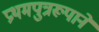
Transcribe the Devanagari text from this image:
प्रथमपुत्ररूपाने